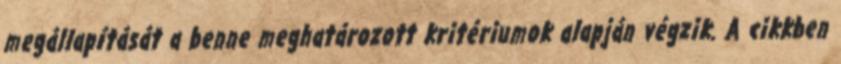
megállapítását a benne meghatározott kritériumok alapján végzik. A cikkben